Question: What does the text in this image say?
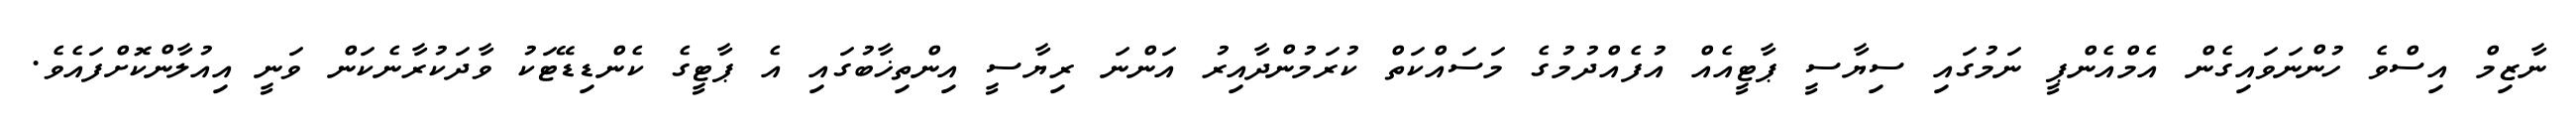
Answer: ނާޒިމް އިސްވެ ހުންނަވައިގެން އެމްއެންޕީ ނަމުގައި ސިޔާސީ ޕާޓީއެއް އުފެއްދުމުގެ މަސައްކަތް ކުރަމުންދާއިރު އަންނަ ރިޔާސީ އިންތިޚާބުގައި އެ ޕާޓީގެ ކެންޑިޑޭޓަކު ވާދަކުރާނެކަން ވަނީ އިއުލާންކޮށްފައެވެ.